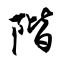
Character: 階